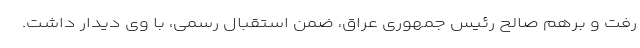
رفت و برهم صالح رئیس جمهوری عراق، ضمن استقبال رسمی، با وی دیدار داشت.